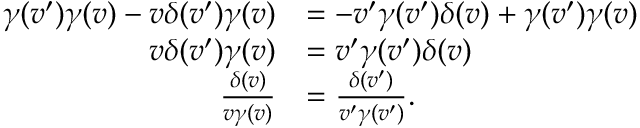
{ \begin{array} { r l } { \gamma ( v ^ { \prime } ) \gamma ( v ) - v \delta ( v ^ { \prime } ) \gamma ( v ) } & { = - v ^ { \prime } \gamma ( v ^ { \prime } ) \delta ( v ) + \gamma ( v ^ { \prime } ) \gamma ( v ) } \\ { v \delta ( v ^ { \prime } ) \gamma ( v ) } & { = v ^ { \prime } \gamma ( v ^ { \prime } ) \delta ( v ) } \\ { { \frac { \delta ( v ) } { v \gamma ( v ) } } } & { = { \frac { \delta ( v ^ { \prime } ) } { v ^ { \prime } \gamma ( v ^ { \prime } ) } } . } \end{array} }